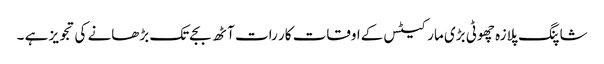
شاپنگ پلازہ چھوٹی بڑی مارکیٹس کےاوقات کار رات آٹھ بجےتک بڑھانے کی تجویز ہے ۔